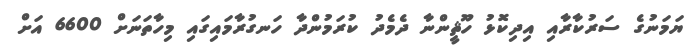
ޔަމަނުގެ ސަރުކާރާއި އިދިކޮޅު ހޫޘީންނާ ދެމެދު ކުރަމުންދާ ހަނގުރާމައިގައި މިހާތަނަށް 6600 އަށް